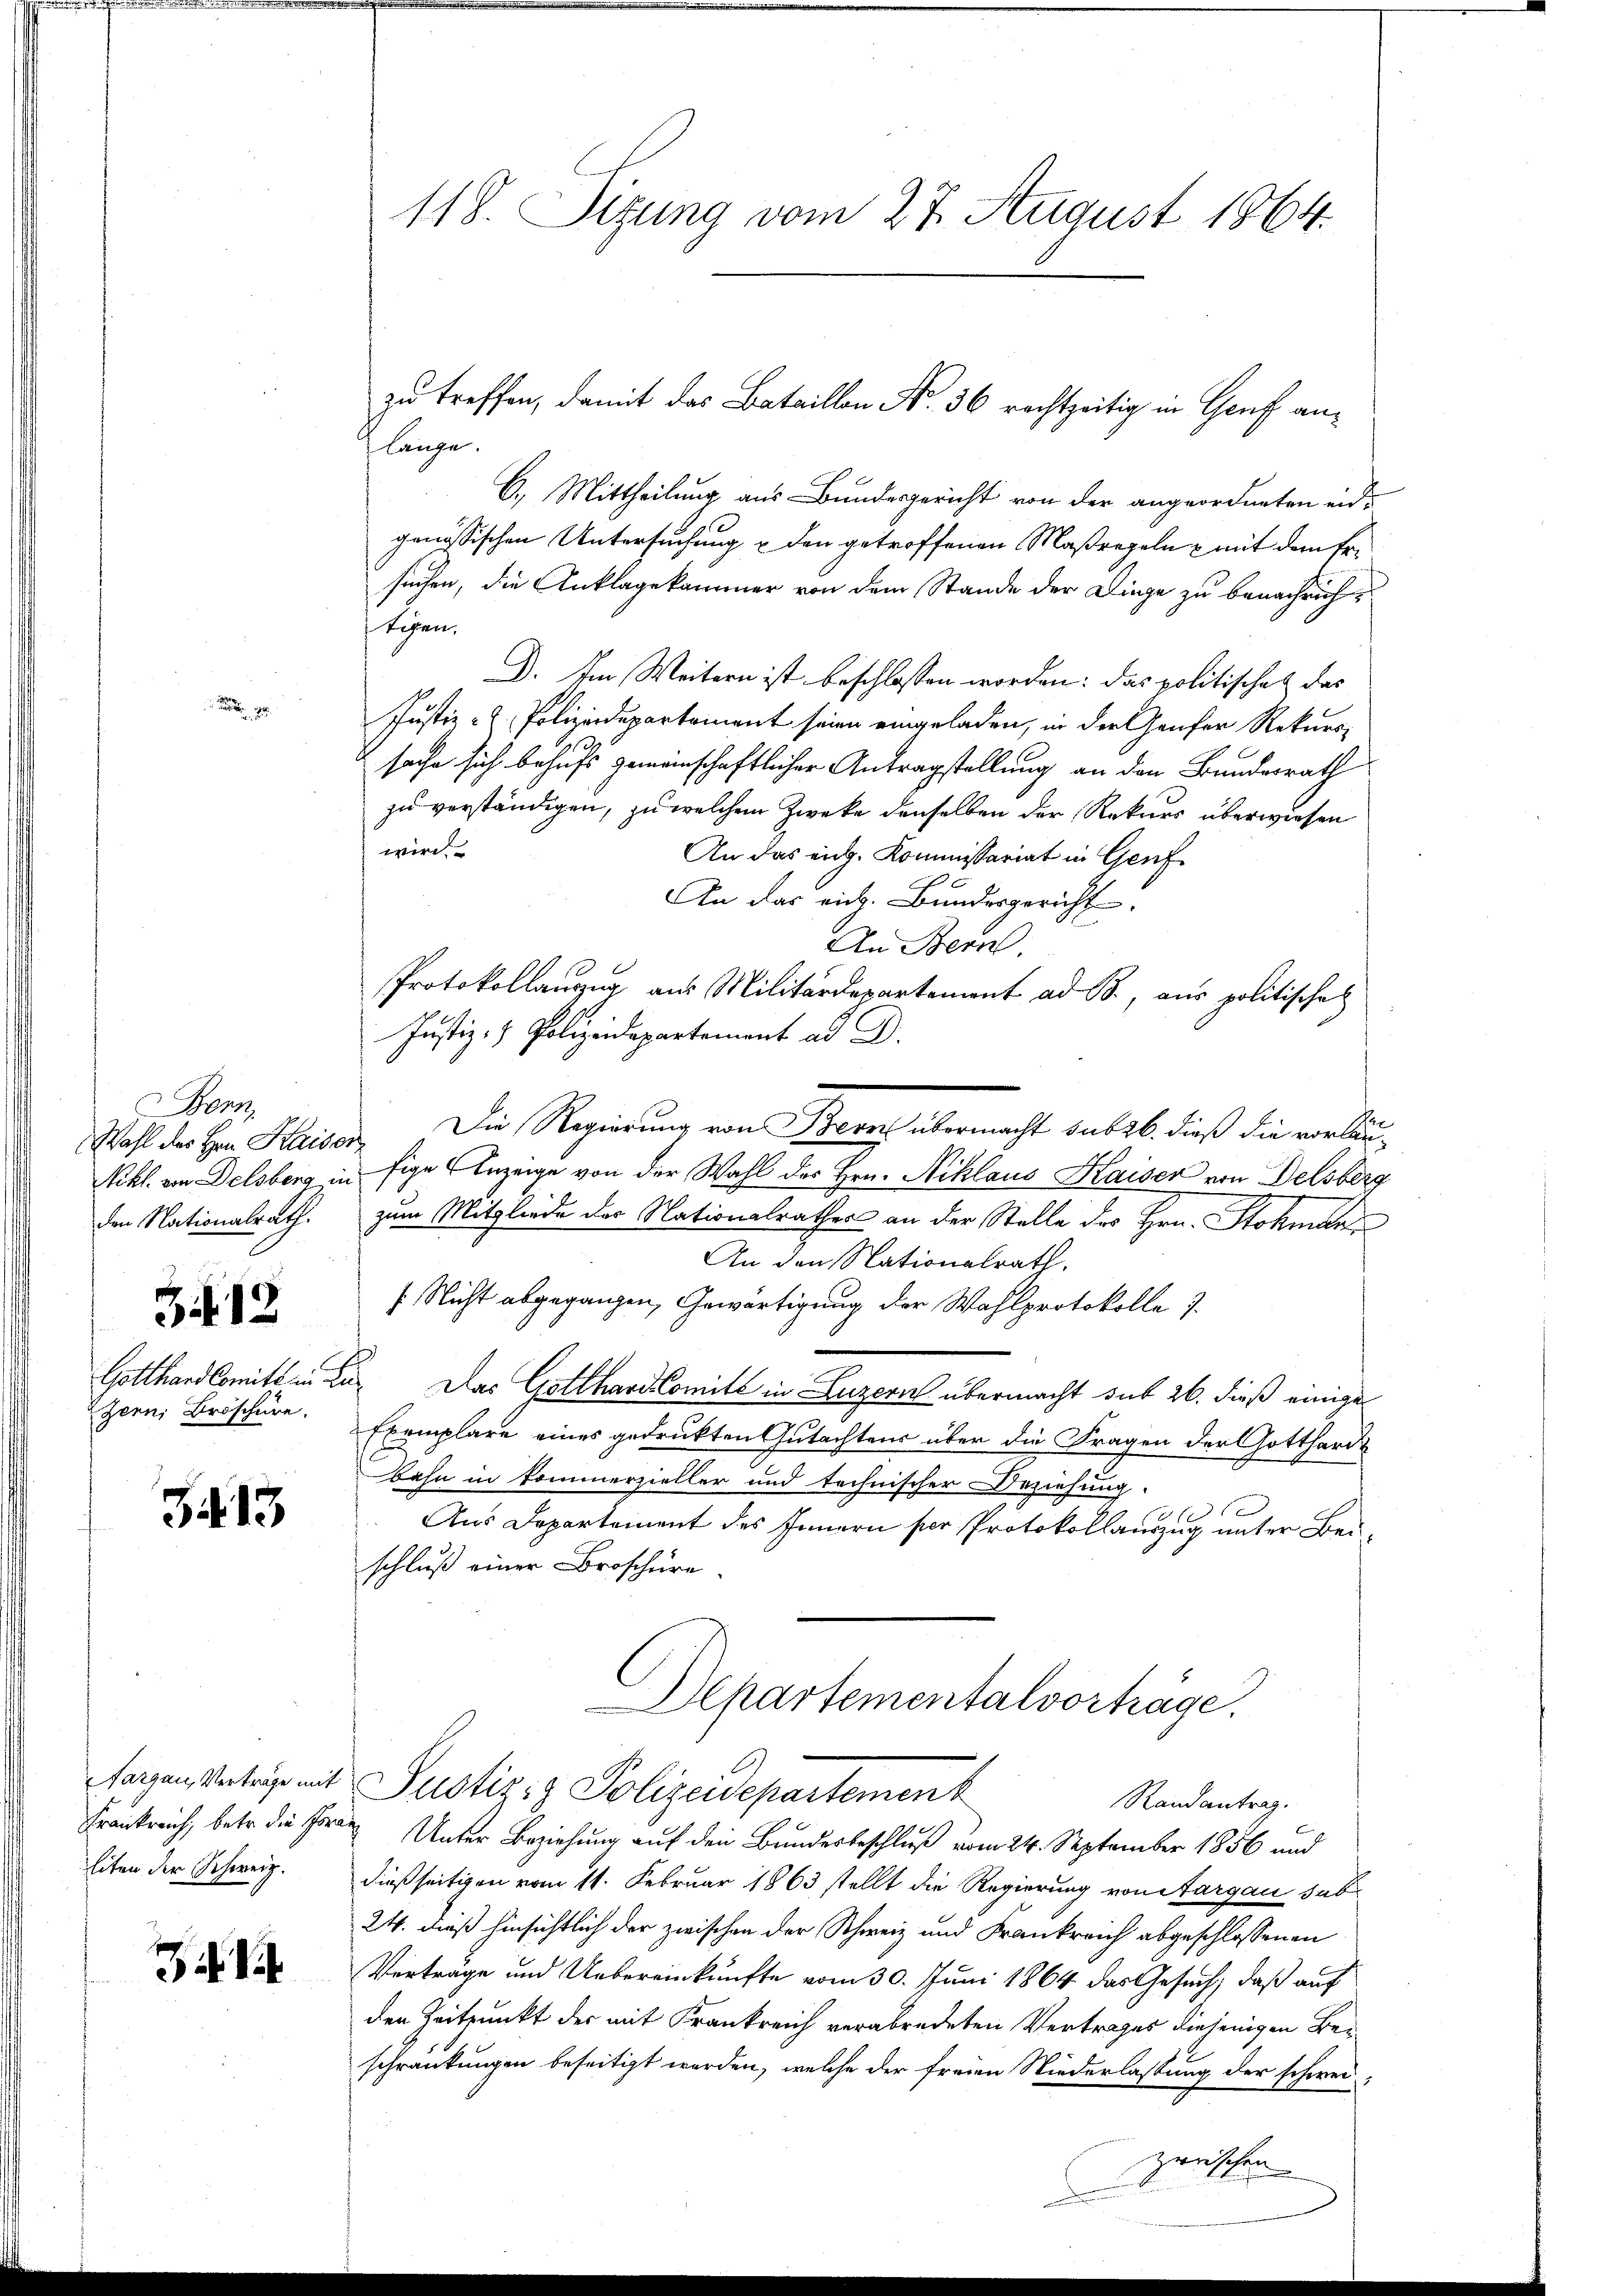
on
den Nationalrath.
S. 13
zern, Broschüre.

34. 13

Fargau, Verträge mit
Frankreich, betr. die Pora
liten der Schweiz.

71

118. Sizung vom 27. August 1864.

länge.
C. Mittheilung aus Bundesgericht von der angeordneten eidgenössischen Untersuchung u den getroffenen Maßregeln mit dem Ersuchen, die Anklagekammer von dem Stande der Dinge zu benachrich
tigen.
D. Im Weitern ist beschlossen worden: das politische das
Justiz- & Polizeidepartement seien eingeladen, in der Genfer Rekurs-
sache sich behufs gemeinschaftlicher Antragstellung an den Bundesrath
zu verständigen, zu welchem Zwecke denselben der Rekurs überwiesen
wird.
An das eich. Kommissariat in Genf
An das rich. Bundesgericht
An Bern.
Protokollanzug aus Militärdepartement ad B., aus politische
Justiz- & Polizeidepartement ad D.
Wahl des Hrn. Kaiser. Die Regierung von Bern übermacht sub 26. dieß die vorläu¬
Nikl. von Delsberg in fige Anzeige von der Wahl des Hrn. Acklaus Kaiser von Delsberg
zum Mitgliede der Nationalrathes an der Stelle des Hrn. Stokman
An den Nationalrath,
 Nicht abgegangen, Gewärtigung der Wahlprotokolle 7
Gotthardkomite in die Das Gotthard Comité in Luzern übermacht sub 26. dieß einige
Exemplare eines gedruckten Gutachtens über die Fragen der Gotthardbahn in kommerzieller und technischer Beziehung.
 xx
Aus Departement des Innern per Protokollauszug unter Beischluß einer Broschüre
Departementalvorträge.
Justiz & Polizeidepartement
Randantrag.
 Unter Beziehung auf den Bundesbeschluß vom 24. September 1856 und
dießseitigen vom 11. Februar 1863 stellt die Regierung von Aargau sub¬
24. dieß hinsichtlich der zwischen der Schweiz und Frankreich abgeschlossenen
Verträge und Uebereinkünfte vom 30. Juni 1864 das Gesuch, daß auf
den Zeitpunkt der mit Krankreich verabredeten Vertrages diejenigen Beschränkungen beseitigt werden, welche der freien Niederlassung der schwei
zwischen

zu treffen, damit das Bataillon No. 36 rachtzeitig in Genf an¬